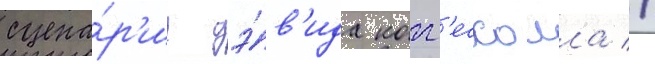
сцена́р'иу дэ́в'ида когг'есхолла //